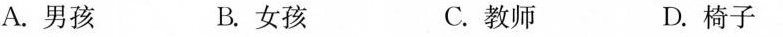
A.男孩 B.女孩 C.教师 D.椅子